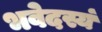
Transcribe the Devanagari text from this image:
भवेदस्यं